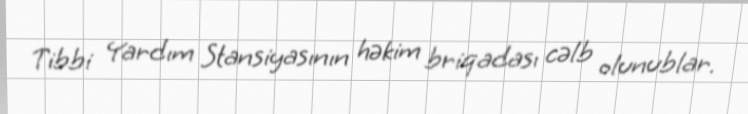
Tibbi Yardım Stansiyasının həkim briqadası cəlb olunublar.